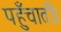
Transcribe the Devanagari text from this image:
पहुँचातीं।